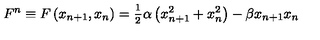
F ^ { n } \equiv F \left( x _ { n + 1 } , x _ { n } \right) = \frac { _ 1 } { ^ 2 } \alpha \left( x _ { n + 1 } ^ { 2 } + x _ { n } ^ { 2 } \right) - \beta x _ { n + 1 } x _ { n }